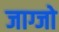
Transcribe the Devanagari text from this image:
जाग्जो